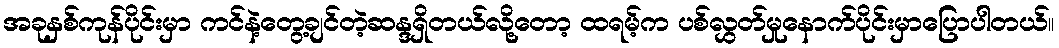
အခုနှစ်ကုန်ပိုင်းမှာ ကင်နဲ့တွေ့ချင်တဲ့ဆန္ဒရှိတယ်လို့တော့ ထရမ့်က ပစ်လွှတ်မှုနောက်ပိုင်းမှာပြောပါတယ်။